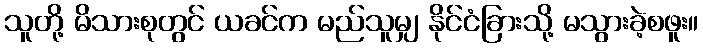
သူတို့ မိသားစုတွင် ယခင်က မည်သူမျှ နိုင်ငံခြားသို့ မသွားခဲ့စဖူး။